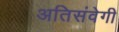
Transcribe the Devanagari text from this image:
अतिसंवेगी